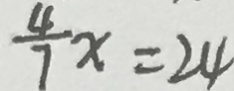
\frac { 4 } { 7 } x = 2 4